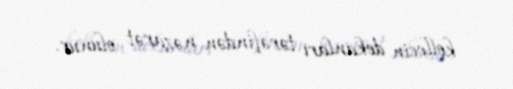
kollecin dekanları tərəfindən nəzarət olunur.